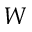
W